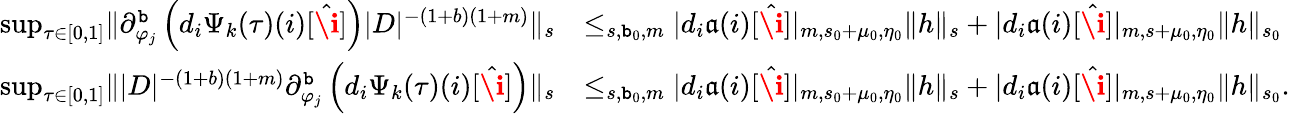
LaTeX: \begin{array}{rl}{\operatorname*{sup}_{\tau\in[0,1]}\rVert\partial_{\varphi_{j}}^{\mathtt{b}}\left(d_{i}\Psi_{k}(\tau)(i)[\hat{\textbf{\i}}]\right)|D|^{-(1+b)(1+m)}\rVert_{s}}&{\le_{s,\mathtt{b}_{0},m}|d_{i}\mathfrak{a}(i)[\hat{\textbf{\i}}]|_{m,s_{0}+\mu_{0},\eta_{0}}\rVert h\rVert_{s}+|d_{i}\mathfrak{a}(i)[\hat{\textbf{\i}}]|_{m,s+\mu_{0},\eta_{0}}\rVert h\rVert_{s_{0}}}\\ {\operatorname*{sup}_{\tau\in[0,1]}\rVert|D|^{-(1+b)(1+m)}\partial_{\varphi_{j}}^{\mathtt{b}}\left(d_{i}\Psi_{k}(\tau)(i)[\hat{\textbf{\i}}]\right)\rVert_{s}}&{\le_{s,\mathtt{b}_{0},m}|d_{i}\mathfrak{a}(i)[\hat{\textbf{\i}}]|_{m,s_{0}+\mu_{0},\eta_{0}}\rVert h\rVert_{s}+|d_{i}\mathfrak{a}(i)[\hat{\textbf{\i}}]|_{m,s+\mu_{0},\eta_{0}}\rVert h\rVert_{s_{0}}.}\end{array}